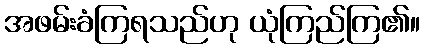
အဖမ်းခံကြရသည်ဟု ယုံကြည်ကြ၏။